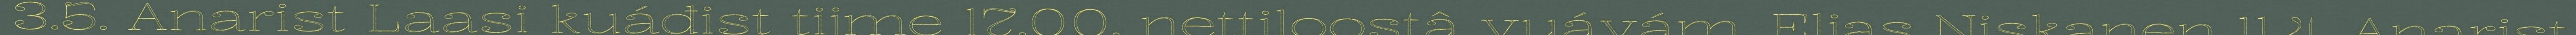
3.5. Anarist Laasi kuáđist tijme 17.00, nettiloostâ vuávám. Eljas Niskanen 11.4. Anarist